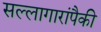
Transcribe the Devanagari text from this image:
सल्लागारांपैकी